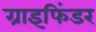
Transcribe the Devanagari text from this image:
ग्राइफिंडर